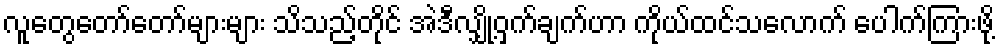
လူတွေတော်တော်များများ သိသည့်တိုင် အဲဒီလျှို့ဝှက်ချက်ဟာ ကိုယ်ထင်သလောက် ပေါက်ကြားဖို့